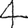
Digit: 4